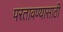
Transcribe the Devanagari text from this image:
परतावण्यासाठी